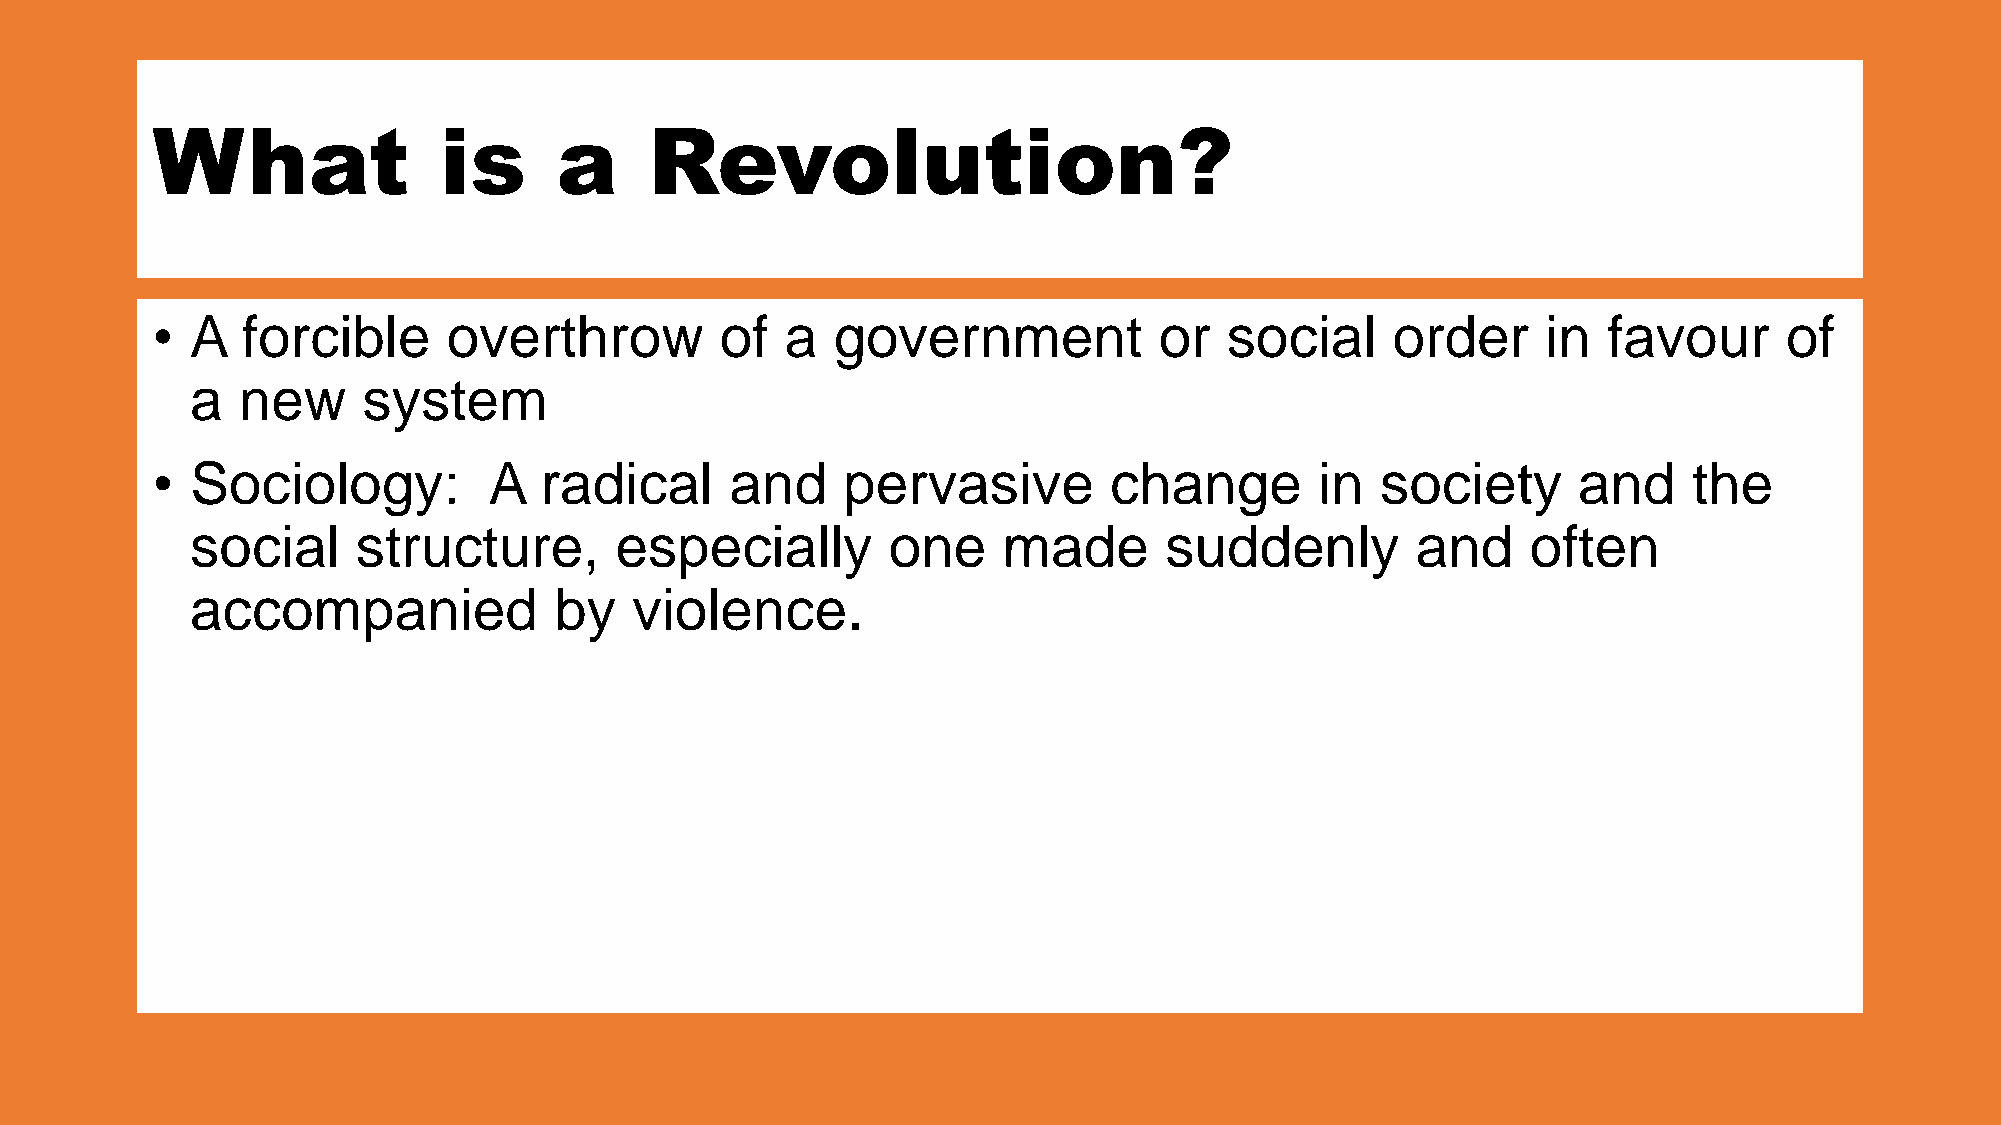
What               is      a     Revolution?
 •  A  forcible      overthrow         of  a  government            or  social     order     in  favour      of
 a  new     system
 •  Sociology:         A   radical     and     pervasive        change        in  society      and     the
 social     structure,       especially        one    made       suddenly         and    often
 accompanied             by   violence.